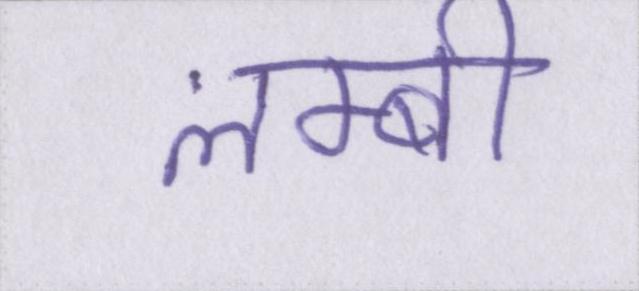
लम्बी